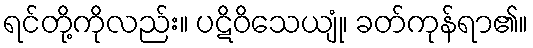
ရင်တို့ကိုလည်း။ ပဋိဝိသေယျုံ၊ ခတ်ကုန်ရာ၏။